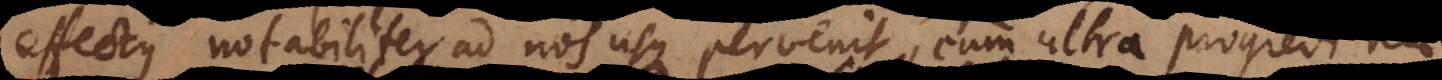
effectus notabiliter ad nos usque pervenit, cum ultra progredi